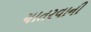
ચાતરવાની